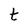
Character: t